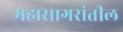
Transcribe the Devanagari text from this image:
महासागरांतील